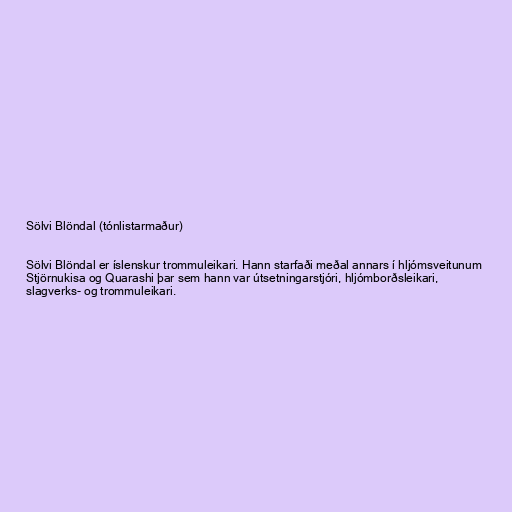
Sölvi Blöndal (tónlistarmaður)

Sölvi Blöndal er íslenskur trommuleikari. Hann starfaði meðal annars í hljómsveitunum
Stjörnukisa og Quarashi þar sem hann var útsetningarstjóri, hljómborðsleikari,
slagverks- og trommuleikari.